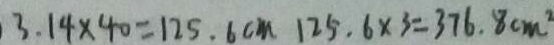
3 . 1 4 \times 4 0 = 1 2 5 . 6 c m 1 2 5 . 6 \times 3 = 3 7 6 . 8 c m ^ { 2 }